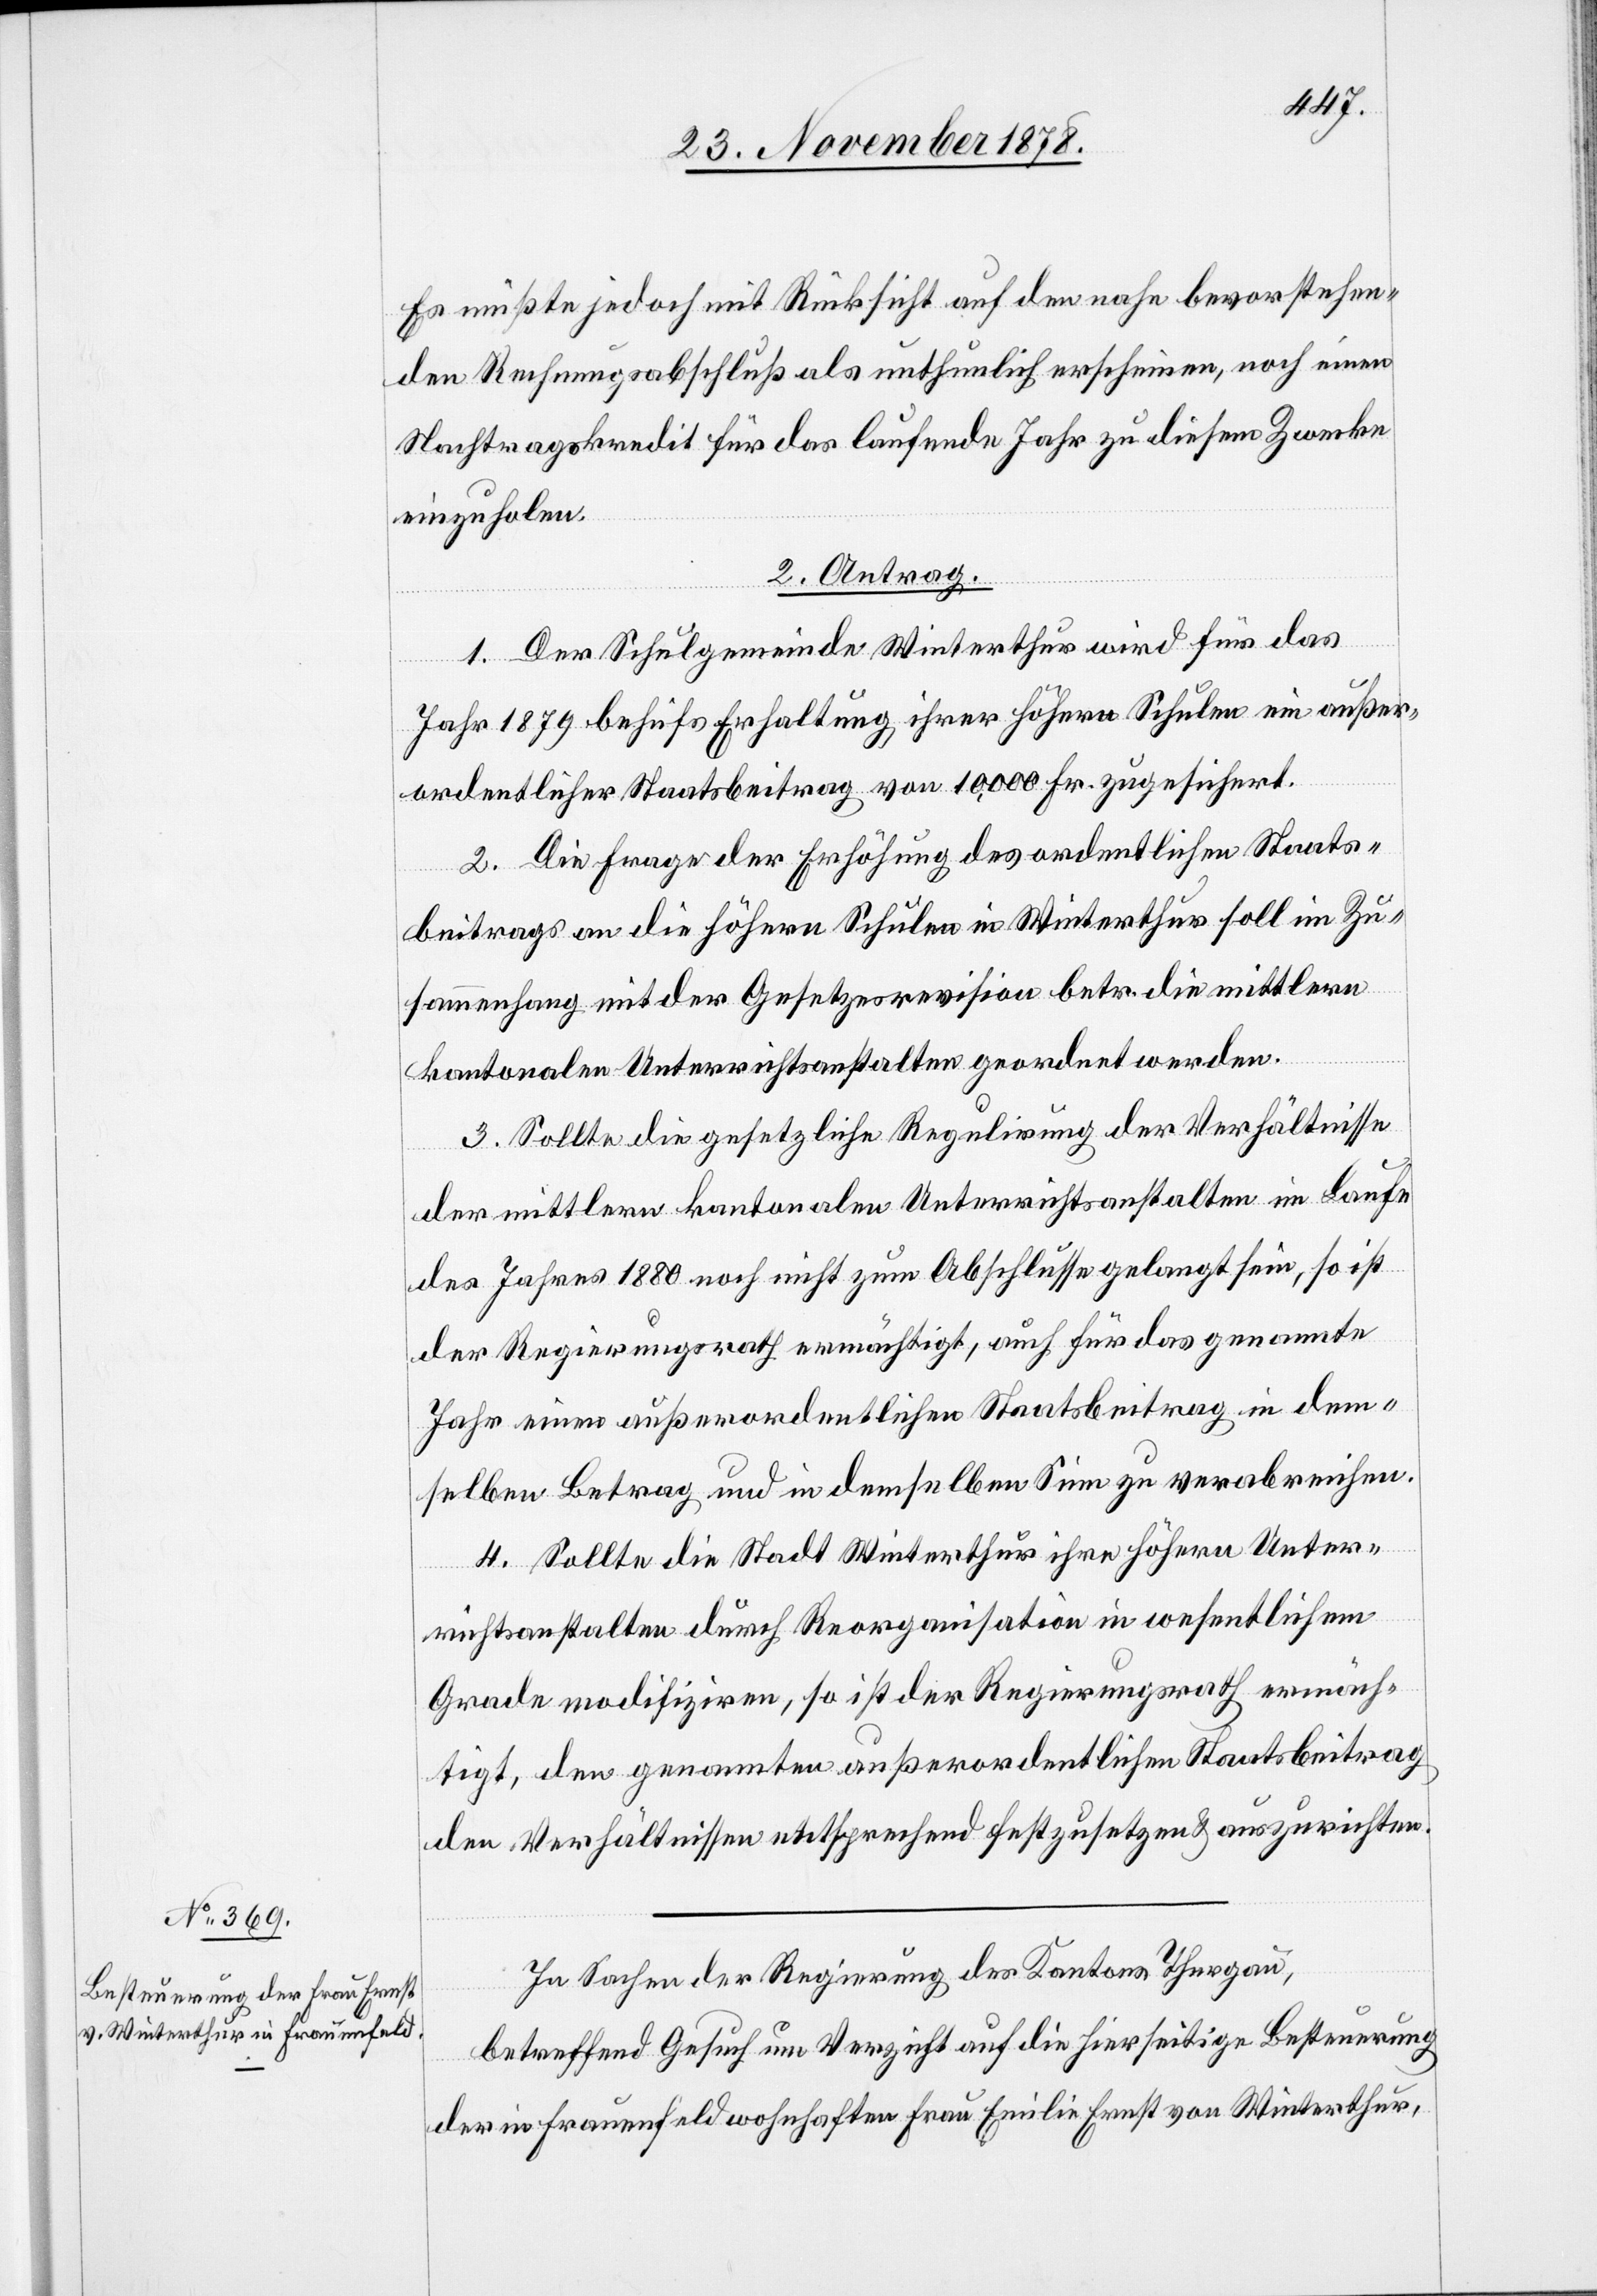
Es müßte jedoch mit Rücksicht auf den nahe bevorstehen¬
den Rechnungsabschluß als unthunlich erscheinen, noch einen
Nachtragskredit für das laufende Jahr zu diesem Zwecke
einzuholen.
2. Antrag.
1. Der Schulgemeinde Winterthur wird für das
Jahr 1879 behufs Erhaltung ihrer höhern Schulen ein außer¬
ordentlicher Staatsbeitrag von 10,000 Fr. zugesichert.
2. Die Frage der Erhöhung des ordentlichen Staats¬
beitrags an die höhern Schulen in Winterthur soll in Zu¬
sammenhang mit der Gesetzesrevision betr. die mittlern
kantonalen Unterrichtsanstalten geordnet werden.
3. Sollte die gesetzliche Regulirung der Verhältnisse
der mittlern kantonalen Unterrichtsanstalten im Laufe
des Jahres 1880 noch nicht zum Abschlusse gelangt sein, so ist
der Regierungsrath ermächtigt, auch für das genannte
Jahr einen außerordentlichen Staatsbeitrag in dem¬
selben Betrag und in demselben Sinn zu verabreichen.
4. Sollte die Stadt Winterthur ihre höhern Unter¬
richtsanstalten durch Reorganisation in wesentlichem
Grade modifiziren, so ist der Regierungsrath ermäch¬
tigt, den genannten außerordentlichen Staatsbeitrag
den Verhältnissen entsprechend festzusetzen & auszurichten.
In Sachen der Regierung des Kantons Thurgau,
betreffend Gesuch um Verzicht auf die hierseitige Besteuerung
der in Frauenfeld wohnhaften Frau Emilie Ernst von Winterthur,